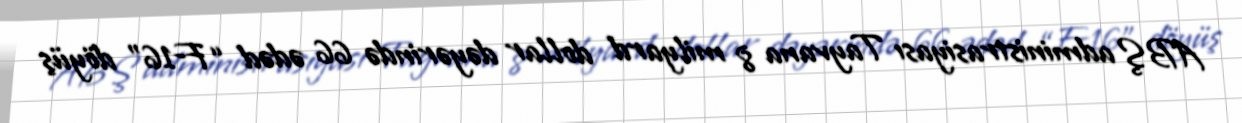
ABŞ administrasiyası Tayvana 8 milyard dollar dəyərində 66 ədəd “F-16” döyüş